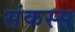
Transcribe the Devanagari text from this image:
संकस्स